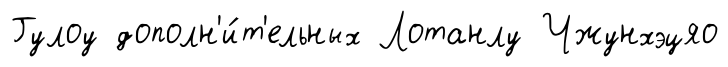
Гулоу дополн'и́т'ельных Лотанлу Чжунхэцяо